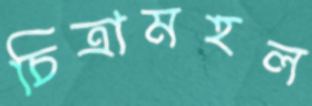
চিত্রামহল